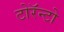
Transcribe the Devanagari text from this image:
टोरॅन्टो